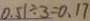
0 . 5 1 \div 3 = 0 . 1 7